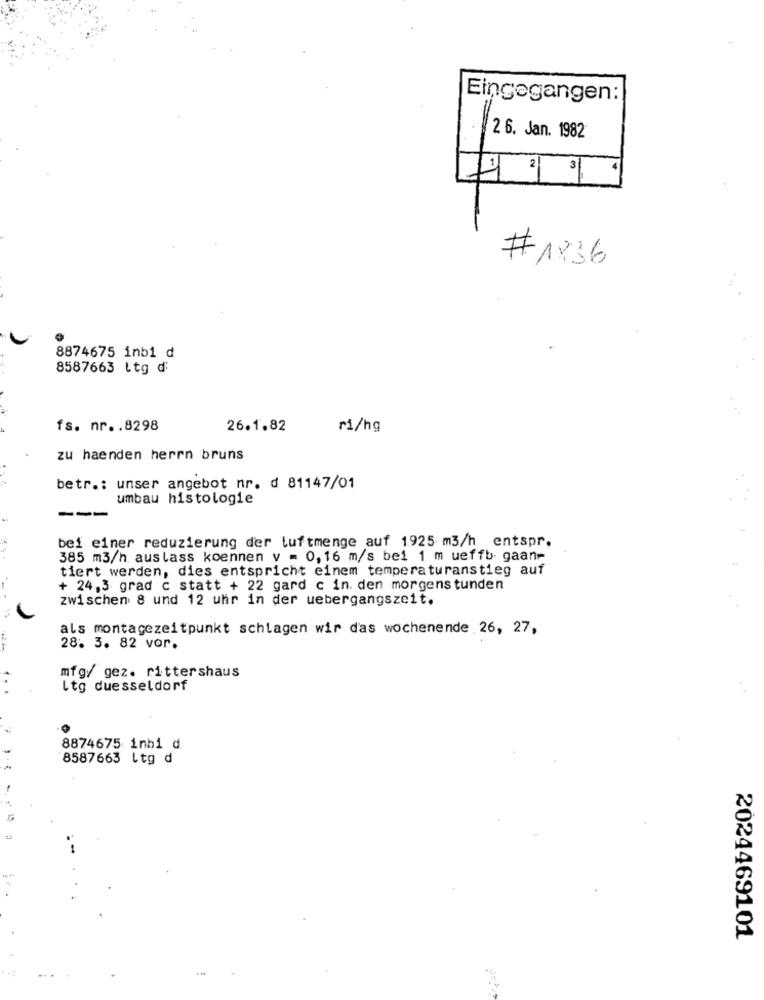
Eingegangen:
2 6. Jan. 1982
2 3
# 1836
8874675 inb1 d
8587663 Ltg ₫:
fs. nr .. 8298
26.1.82
ri/hg
zu haenden herrn bruns
betr .: unser angebot nr. d 81147/01
umbau histologie
bei einer reduzierung der luftmenge auf 1925 m3/h entspr.
385 m3/h auslass koennen v = 0, 16 m/s bei 1 m ueffb- gaan-
tiert werden, dies entspricht einem temperaturanstieg auf
+ 24,3 grad c statt + 22 gard c in. den morgenstunden
zwischen 8 und 12 uhr in der uebergangszeit.
als montagezeitpunkt schlagen wir das wochenende 26, 27,
28. 3. 82 vor.
mfg/ gez. rittershaus
Itg duesseldorf
. .
8874675 inbi d.
8587663 Ltg d
-
2024469101